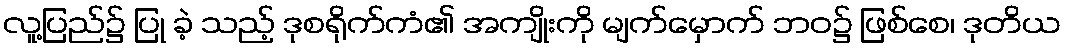
လူ့ပြည်၌ ပြု ခဲ့ သည့် ဒုစရိုက်ကံ၏ အကျိုးကို မျက်မှောက် ဘဝ၌ ဖြစ်စေ၊ ဒုတိယ